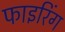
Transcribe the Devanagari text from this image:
फाइरिंग